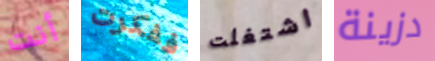
أنت ففكرت اشتغلت دزينة